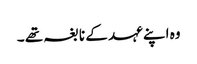
وہ اپنے عہد کے نابغہ تھے ۔